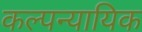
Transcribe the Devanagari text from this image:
कल्पन्यायिक